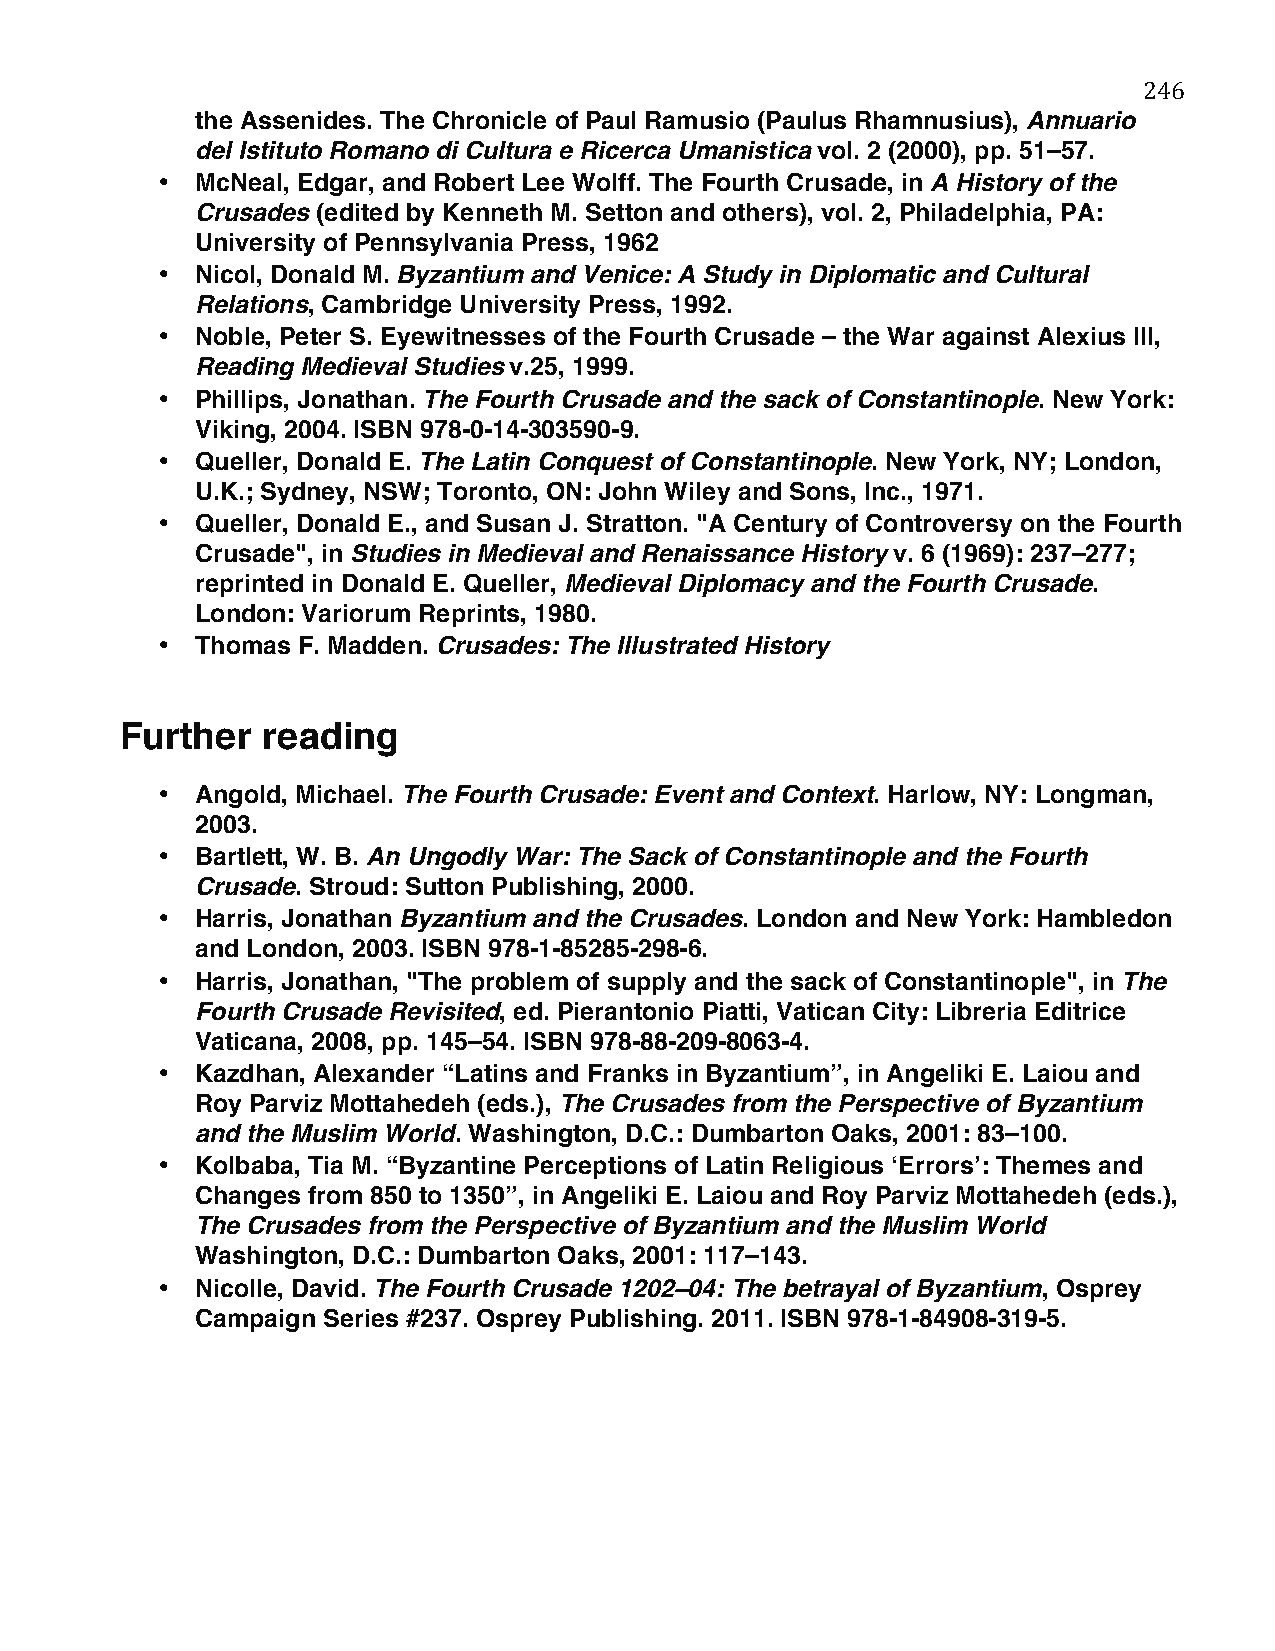
246
 the Assenides. The Chronicle of Paul Ramusio (Paulus Rhamnusius), Annuario
 del Istituto Romano di Cultura e Ricerca Umanistica vol. 2 (2000), pp. 51–57.
 •  McNeal, Edgar, and Robert Lee Wolff. The Fourth Crusade, in A History of the
 Crusades (edited by Kenneth M. Setton and others), vol. 2, Philadelphia, PA:
 University of Pennsylvania Press, 1962
 •  Nicol, Donald M. Byzantium and Venice: A Study in Diplomatic and Cultural
 Relations, Cambridge University Press, 1992.
 •  Noble, Peter S. Eyewitnesses of the Fourth Crusade – the War against Alexius III,
 Reading Medieval Studies v.25, 1999.
 •  Phillips, Jonathan. The Fourth Crusade and the sack of Constantinople. New York:
 Viking, 2004. ISBN 978-0-14-303590-9.
 •  Queller, Donald E. The Latin Conquest of Constantinople. New York, NY; London,
 U.K.; Sydney, NSW; Toronto, ON: John Wiley and Sons, Inc., 1971.
 •  Queller, Donald E., and Susan J. Stratton. "A Century of Controversy on the Fourth
 Crusade", in Studies in Medieval and Renaissance History v. 6 (1969): 237–277;
 reprinted in Donald E. Queller, Medieval Diplomacy and the Fourth Crusade.
 London: Variorum Reprints, 1980.
 •  Thomas F. Madden. Crusades: The Illustrated History
 Further  reading
 •  Angold, Michael. The Fourth Crusade: Event and Context. Harlow, NY: Longman,
 2003.
 •  Bartlett, W. B. An Ungodly War: The Sack of Constantinople and the Fourth
 Crusade. Stroud: Sutton Publishing, 2000.
 •  Harris, Jonathan Byzantium and the Crusades. London and New York: Hambledon
 and London, 2003. ISBN 978-1-85285-298-6.
 •  Harris, Jonathan, "The problem of supply and the sack of Constantinople", in The
 Fourth Crusade Revisited, ed. Pierantonio Piatti, Vatican City: Libreria Editrice
 Vaticana, 2008, pp. 145–54. ISBN 978-88-209-8063-4.
 •  Kazdhan, Alexander “Latins and Franks in Byzantium”, in Angeliki E. Laiou and
 Roy Parviz Mottahedeh (eds.), The Crusades from the Perspective of Byzantium
 and the Muslim World. Washington, D.C.: Dumbarton Oaks, 2001: 83–100.
 •  Kolbaba, Tia M. “Byzantine Perceptions of Latin Religious ‘Errors’: Themes and
 Changes from 850 to 1350”, in Angeliki E. Laiou and Roy Parviz Mottahedeh (eds.),
 The Crusades from the Perspective of Byzantium and the Muslim World
 Washington, D.C.: Dumbarton Oaks, 2001: 117–143.
 •  Nicolle, David. The Fourth Crusade 1202–04: The betrayal of Byzantium, Osprey
 Campaign Series #237. Osprey Publishing. 2011. ISBN 978-1-84908-319-5.